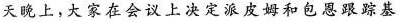
天晚上，大家在会议上决定派皮姆和包恩跟踪基